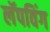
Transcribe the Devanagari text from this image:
लॅपविंग